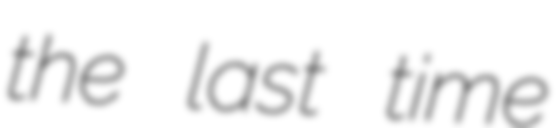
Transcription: the last time